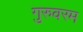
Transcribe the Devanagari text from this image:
गुरुवरम